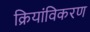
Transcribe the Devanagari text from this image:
क्रियांविकरण